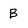
Character: B